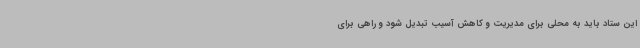
این ستاد باید به محلی برای مدیریت و کاهش آسیب تبدیل شود و راهی برای